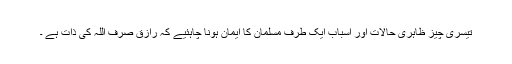
تیسری چیز ظاہری حالات اور اسباب ایک طرف مسلمان کا ایمان ہونا چاہئیے کہ رازق صرف اللہ کی ذات ہے ۔